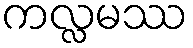
ကလ္လမဿ